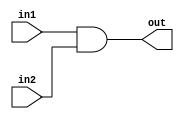
`timescale 1ns / 1ps
//////////////////////////////////////////////////////////////////////////////////
// Company: 
// 
// Design Name:     Simple Bitwise AND Gate
// Module Name:     ANDX 
// Project Name:    MIPS 16 bit Processor
// Target Devices: 
// Tool versions: 
// Description: 
//                  Simple Bitwise AND Gate
//
// Dependencies:    N/A
//
// Revision: 
// Revision 0.01 - File Created
// Additional Comments: 
//
//////////////////////////////////////////////////////////////////////////////////
module ANDX(out, in1, in2);

    output  [31:0]  out;
    input   [31:0]  in1, in2;

    assign  out = in1 & in2;

endmodule